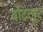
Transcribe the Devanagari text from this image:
वोटापूर